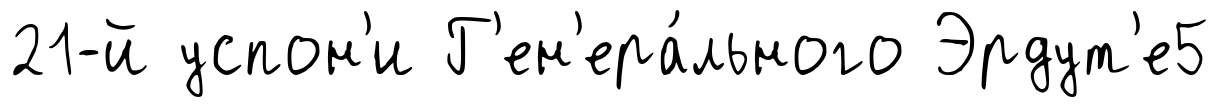
21-й успон'и Г'ен'ера́льного Эрдут'е5